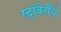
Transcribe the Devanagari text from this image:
स्ट्रॉबेरीचे